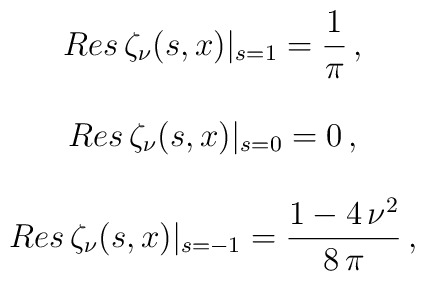
\begin{array}{c}        \displaystyle{Res\,  \zeta_\nu(s,x)|_{s=1} = \frac{1}{\pi}\,  ,}\\ \\        \displaystyle{Res\,  \zeta_\nu(s,x)|_{s=0} = 0\,  ,}\\ \\        \displaystyle{Res\,  \zeta_\nu(s,x)|_{s=-1} =        \frac{1 - 4\,{\nu}^2}{8\,\pi }\,  ,}\end{array}